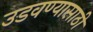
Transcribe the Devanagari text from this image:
उडवण्यासाठी